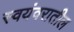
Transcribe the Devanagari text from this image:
स्वयंवरातील